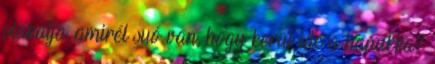
plakátja, amirél suó van, hogy kerül ide a hanukka?